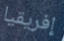
إفريقيا